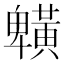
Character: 𪏒